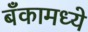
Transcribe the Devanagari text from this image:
बँकामध्ये